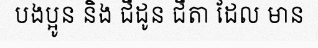
បងប្អូន និង ជីដូន ជីតា ដែល មាន